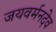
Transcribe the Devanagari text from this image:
जयवर्मनदेव